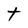
Character: t